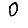
Digit: 0